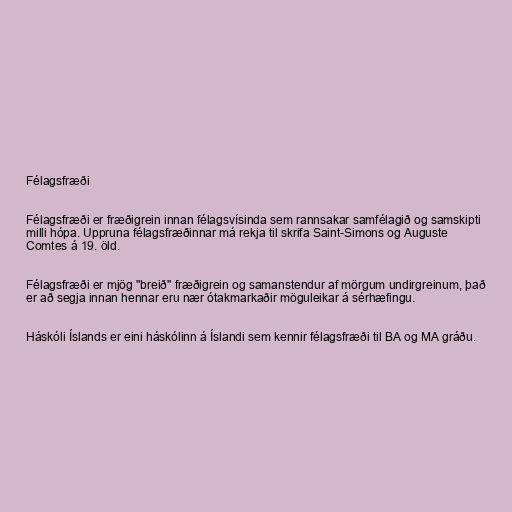
Félagsfræði

Félagsfræði er fræðigrein innan félagsvísinda sem rannsakar samfélagið og samskipti
milli hópa. Uppruna félagsfræðinnar má rekja til skrifa Saint-Simons og Auguste
Comtes á 19. öld.

Félagsfræði er mjög "breið" fræðigrein og samanstendur af mörgum undirgreinum, það
er að segja innan hennar eru nær ótakmarkaðir möguleikar á sérhæfingu.

Háskóli Íslands er eini háskólinn á Íslandi sem kennir félagsfræði til BA og MA gráðu.